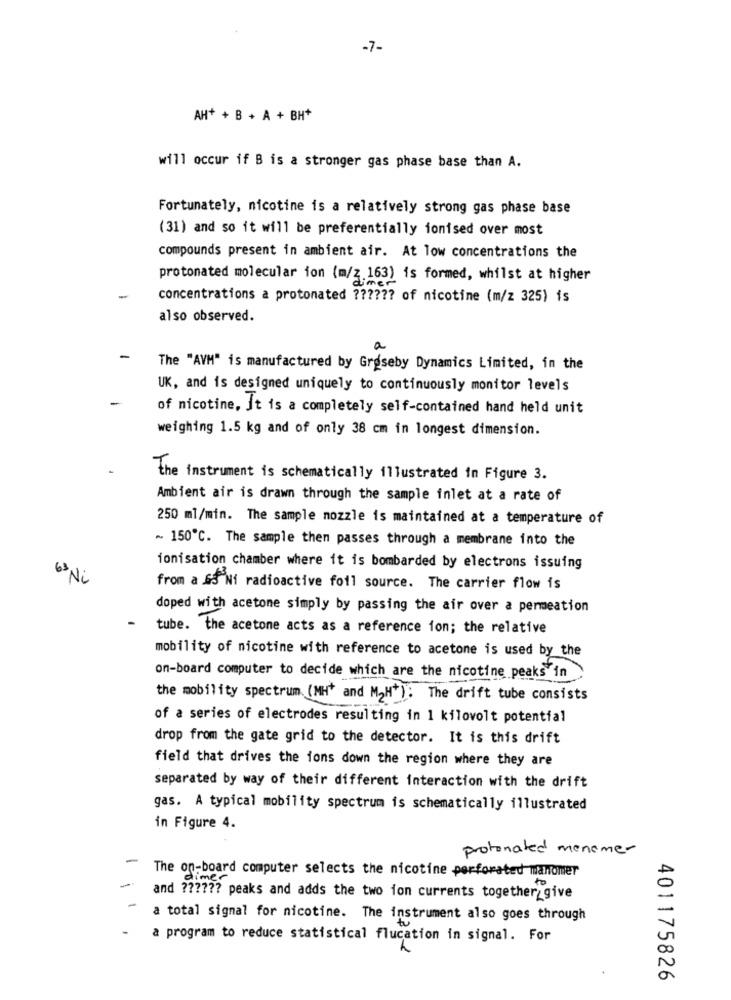
-7-
AH+ + B + A + BH*
will occur if B is a stronger gas phase base than A.
Fortunately, nicotine is a relatively strong gas phase base
(31) and so it will be preferentially ionised over most
compounds present in ambient air. At low concentrations the
protonated molecular ion (m/z 163) is formed, whilst at higher
concentrations a protonated ?????? of nicotine (m/z 325) is
also observed.
a
The "AVM" is manufactured by Graseby Dynamics Limited, in the
UK, and is designed uniquely to continuously monitor levels
of nicotine, It is a completely self-contained hand held unit
weighing 1.5 kg and of only 38 cm in longest dimension.
the instrument is schematically illustrated in Figure 3.
Ambient air is drawn through the sample inlet at a rate of
250 ml/min. The sample nozzle is maintained at a temperature of
~ 150℃. The sample then passes through a membrane into the
ionisation chamber where it is bombarded by electrons issuing
63 Ni
from a GS Ni radioactive foil source. The carrier flow is
doped with acetone simply by passing the air over a permeation
tube. the acetone acts as a reference ion; the relative
mobility of nicotine with reference to acetone is used by the
on-board computer to decide which are the nicotine peaks in
the mobility spectrum (MH' and M2H+): The drift tube consists
of a series of electrodes resulting in 1 kilovolt potential
drop from the gate grid to the detector. It is this drift
field that drives the ions down the region where they are
separated by way of their different interaction with the drift
gas. A typical mobility spectrum is schematically illustrated
in Figure 4.
protonated monomer
-
The on-board computer selects the nicotine perforated manomer
dimer
and ?????? peaks and adds the two ion currents together_give
a total signal for nicotine. The instrument also goes through
a program to reduce statistical flucation in signal. For
401175826